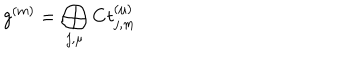
LaTeX: g ^ { ( m ) } = \bigoplus _ { j , \mu } { \bf C } t _ { j , m } ^ { ( \mu ) }